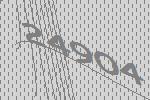
24904